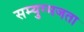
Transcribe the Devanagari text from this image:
सम्युग्मजता